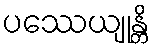
ပဿေယျုန္တိ